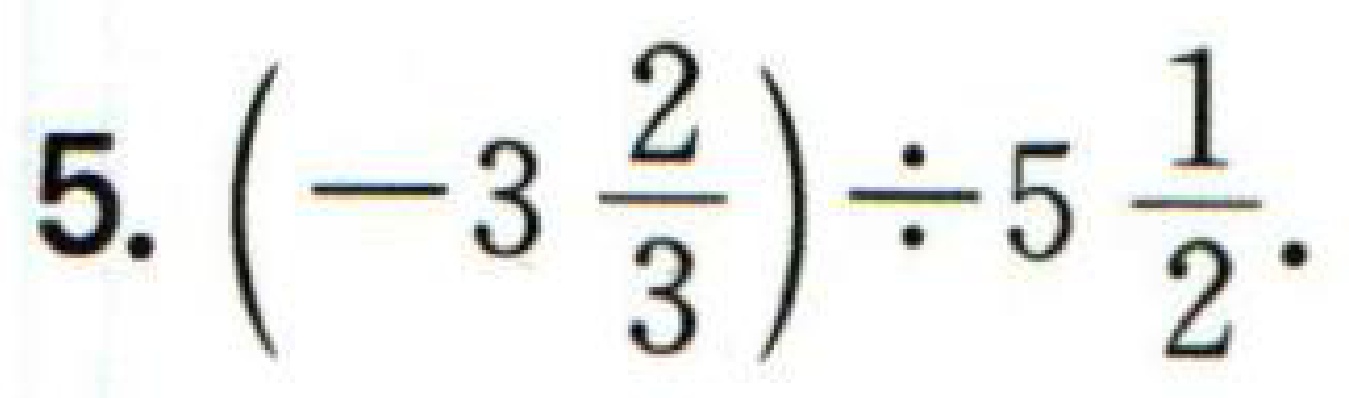
$5.\left(-3\frac{2}{3}\right)\div5\frac{1}{2}.$